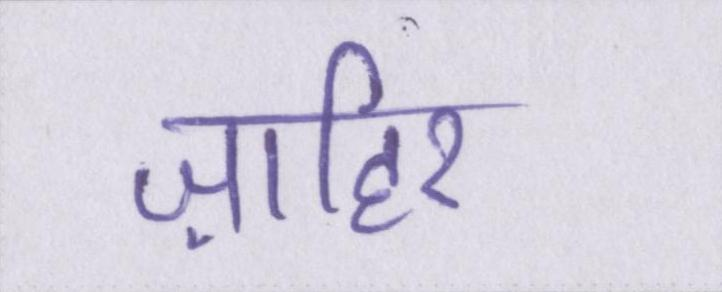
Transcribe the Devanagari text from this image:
ज़ाहिर